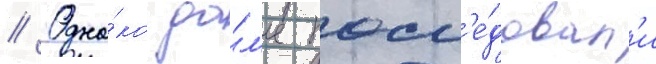
// Одна́ко да́л'ее посл'е́довал'и